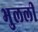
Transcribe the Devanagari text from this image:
भुलली